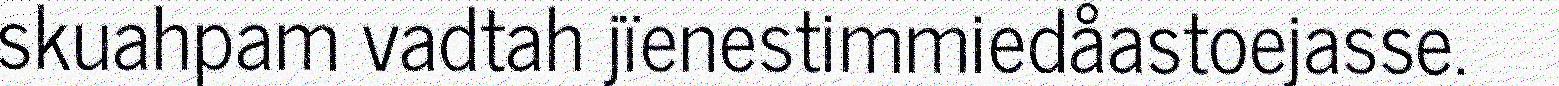
skuahpam vadtah jïenestimmiedåastoejasse.